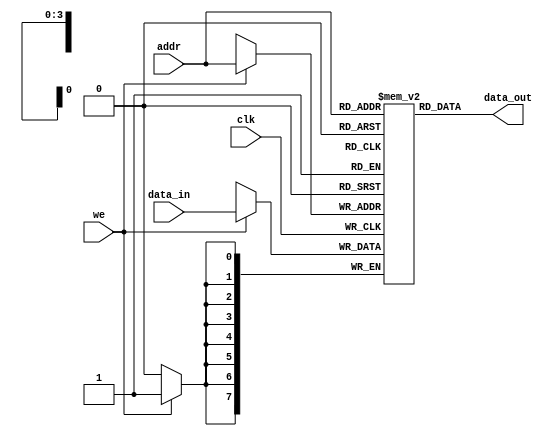
module parameterized_ram #(
    parameter DATA_WIDTH = 8,  // Width of each memory word
    parameter ADDR_WIDTH = 4    // Address width (number of addressable locations = 2^ADDR_WIDTH)
)(
    input wire clk,              // Clock signal
    input wire we,               // Write enable signal
    input wire [ADDR_WIDTH-1:0] addr, // Address input
    input wire [DATA_WIDTH-1:0] data_in, // Data input
    output reg [DATA_WIDTH-1:0] data_out // Data output
);

    // Memory array declaration
    reg [DATA_WIDTH-1:0] mem [(2**ADDR_WIDTH)-1:0]; // Memory array

    // Asynchronous read operation
    always @(*) begin
        data_out = mem[addr]; // Read data from memory asynchronously
    end

    // Synchronous write operation
    always @(posedge clk) begin
        if (we) begin
            mem[addr] <= data_in; // Write data to memory on rising edge of clk
        end
    end

    // Optional: Asynchronous reset functionality (uncomment if needed)
    // input wire rst; // Reset signal
    // always @(posedge clk or posedge rst) begin
    //     if (rst) begin
    //         integer i;
    //         for (i = 0; i < (2**ADDR_WIDTH); i = i + 1) begin
    //             mem[i] <= {DATA_WIDTH{1'b0}}; // Initialize memory to zero
    //         end
    //     end else if (we) begin
    //         mem[addr] <= data_in; // Write data to memory
    //     end
    // end

endmodule